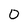
Character: 0